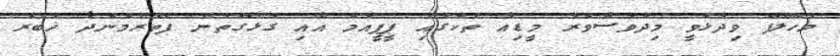
މަހްލޫފް ވިދާޅުވީ މިދުވަސްވަރު މީޑިއާ ތަކުގައި ޕީޕީއެމް އާއި ގުޅޭގޮތުން ފެތުރެމުންދާ ޚަބަރު